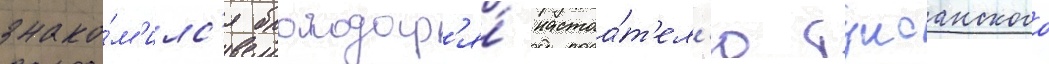
знако́м'илс'я благодар'я́ настоа́т'ел'ю тулсанского